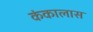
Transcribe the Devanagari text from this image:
कंकालास